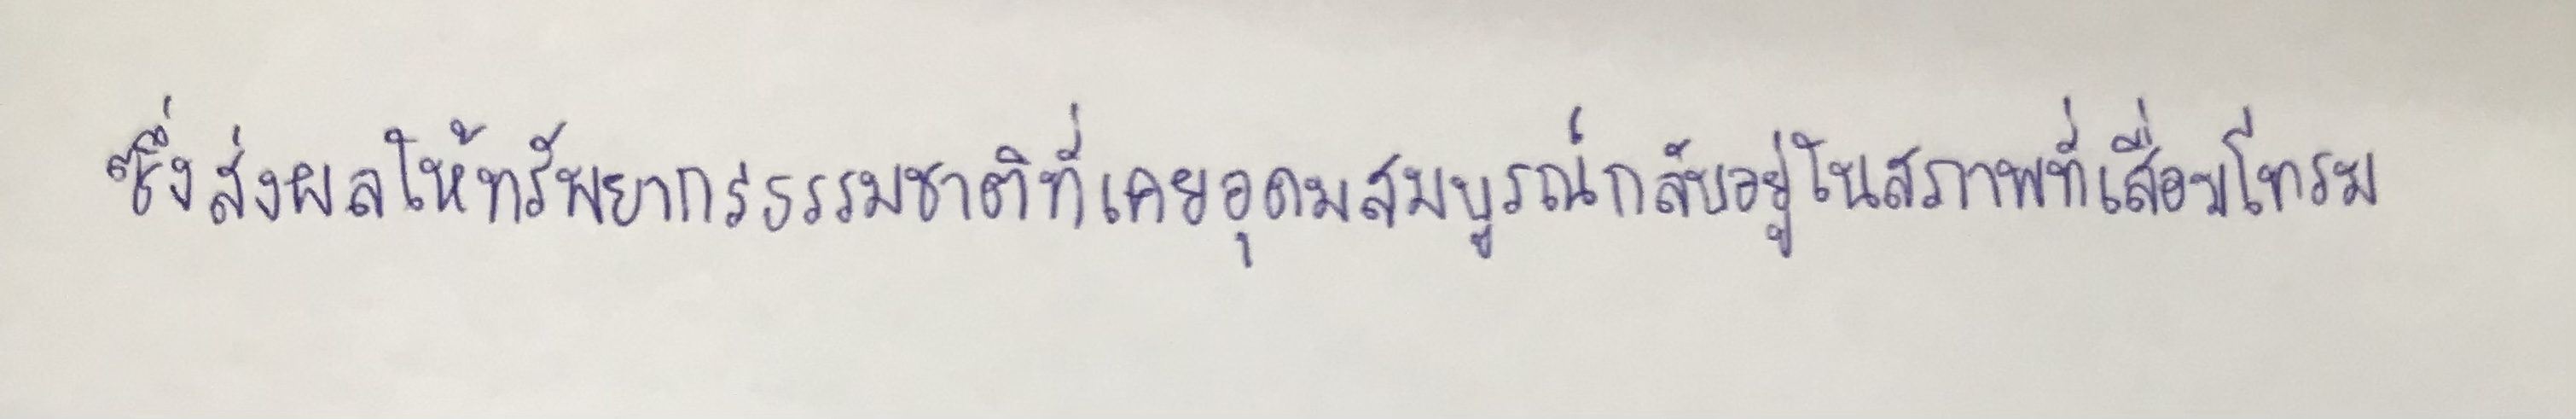
ซึ่งส่งผลให้ทรัพยากรธรรมชาติที่เคยอุดมสมบูรณ์กลับอยู่ในสภาพที่เสื่อมโทรม